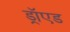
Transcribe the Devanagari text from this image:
ड्रॉएड